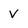
Character: V